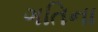
ગતિના